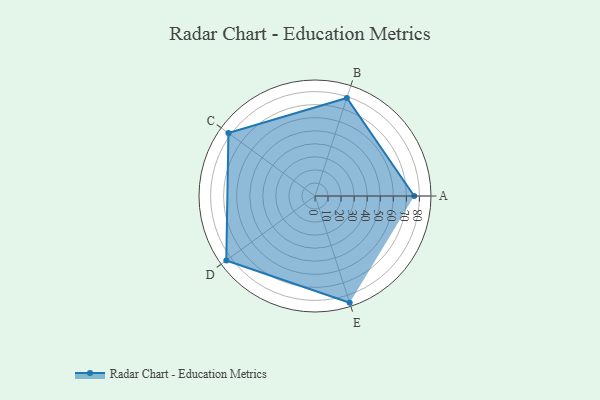
{"axis": {"x": "Skill", "y": "Score"}, "legend": ["Profile"], "data": [{"x": "A", "y": 76.0, "type": "Profile"}, {"x": "B", "y": 79.0, "type": "Profile"}, {"x": "C", "y": 82.0, "type": "Profile"}, {"x": "D", "y": 84.0, "type": "Profile"}, {"x": "E", "y": 86.0, "type": "Profile"}]}